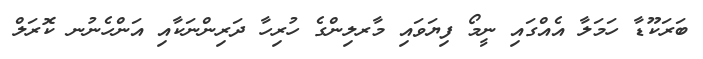
ބަރަކޫޑާ ހަމަލާ އެއްގައި ނީމޯ ފިޔަވައި މާރލިންގެ ހުރިހާ ދަރިންނަކާއި އަންހެނުނ ކޮރަލް